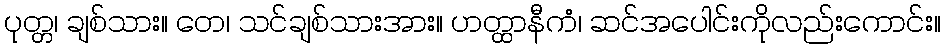
ပုတ္တ၊ ချစ်သား။ တေ၊ သင်ချစ်သားအား။ ဟတ္ထာနီကံ၊ ဆင်အပေါင်းကိုလည်းကောင်း။